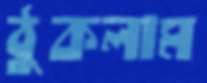
ঠুকলাম